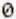
0